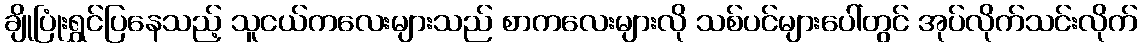
ချိုပြုံးရွှင်ပြနေသည့် သူငယ်ကလေးများသည် စာကလေးများလို သစ်ပင်များပေါ်တွင် အုပ်လိုက်သင်းလိုက်